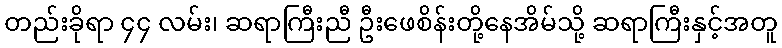
တည်းခိုရာ ၄၄ လမ်း၊ ဆရာကြီးညီ ဦးဖေစိန်းတို့နေအိမ်သို့ ဆရာကြီးနှင့်အတူ